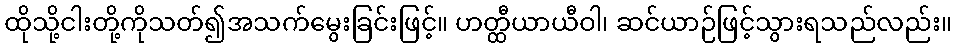
ထိုသို့ငါးတို့ကိုသတ်၍အသက်မွေးခြင်းဖြင့်။ ဟတ္ထီယာယီဝါ၊ ဆင်ယာဉ်ဖြင့်သွားရသည်လည်း။